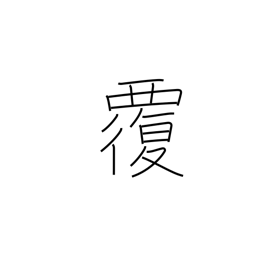
Meaning: capsize